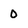
Character: 0